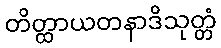
တိတ္ထာယတနာဒိသုတ္တံ